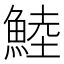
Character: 鯥